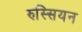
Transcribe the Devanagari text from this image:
रुस्सियन